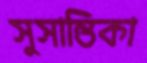
সুসান্তিকা